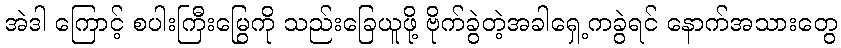
အဲဒါ ကြောင့် စပါးကြီးမြွေကို သည်းခြေယူဖို့ ဗိုက်ခွဲတဲ့အခါရှေ့ကခွဲရင် နောက်အသားတွေ